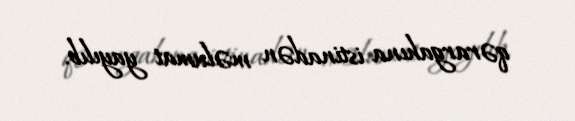
qərargahına istinadən məlumat yayılıb.